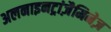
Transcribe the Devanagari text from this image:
अलनाइनट्रांज़ैमिनेज़